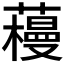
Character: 𰲌